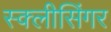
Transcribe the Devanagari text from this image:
स्क्लीसिंगर